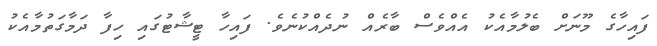
ފައިހާގެ މޫނަށް ބެލުމާއެކު އެއްވެސް ބާރެއް ނުދެއްކުނެވެ. ފައިހާ ޓީޝާޓުގައި ހިފާ ދަމާގަތުމާއެކު